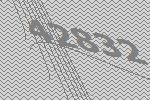
42832